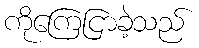
ကိုကြေငြာခဲ့သည်